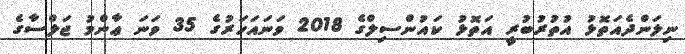
ނިލަންދެއަތޮޅު އުތުރުބުރީ އަތޮޅު ކައުންސިލްގެ 2018 ވަނައަހަރުގެ 35 ވަނަ ޢާންމު ޖަލްސާގެ